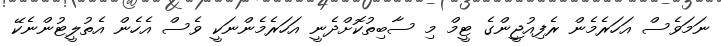
ނަމަވެސް އަހަރެމެން ރެފިއުޖީންގެ ޓީމް މި ސާބިތުކޮށްދެނީ އަހަރެމެންނަކީ ވެސް އެހެން އެތުލީޓުންނެކޭ